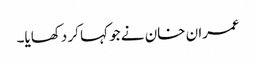
عمران خان نے جو کہا کر دکھایا۔